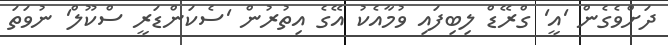
ދަށްވެގެން 'އީ' ގްރޭޑް ލިބިފައި ވުމާއެކު އޭގެ އިތުރުން 'ސެކަންޑަރީ ސްކޫލް' ނުވަތަ